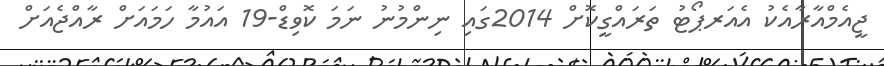
ޖީއެމްއާރާއެކު އެއަރޕޯޓު ތަރައްގީކޮށް 2014ގައި ނިންމުނު ނަމަ ކޮވިޑް-19 އައުމާ ހަމައަށް ރާއްޖެއަށް